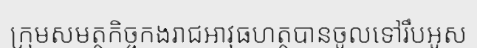
ក្រុមសមត្ថកិច្ចកងរាជអាវុធហត្ថបានចូលទៅរឹបអូស